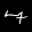
Label: 7